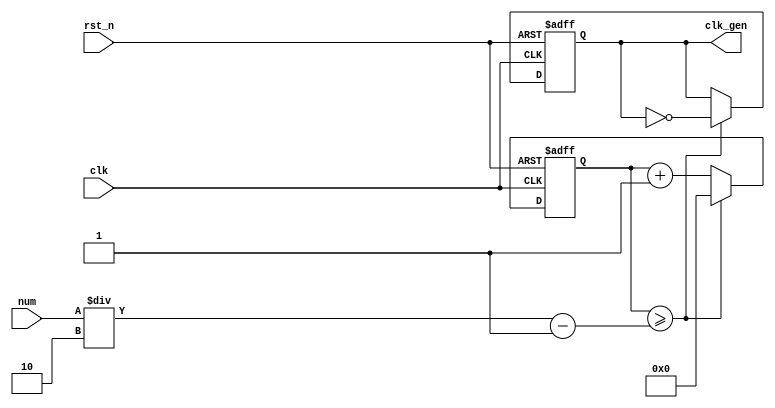
// Numerical Controlled Oscillator
module nco(     clk_gen,
                num,
                clk,
                rst_n    );

output          clk_gen   ;
input  [31:0]   num       ;
input           clk       ;
input           rst_n     ;

reg    [31:0]   cnt       ;
reg             clk_gen   ;
always @(posedge clk or negedge rst_n) begin
        if(rst_n == 1'b0) begin
                 cnt      <= 32'd0;
                 clk_gen  <= 1'd0;
        end else begin
                 if(cnt >= num/2-1) begin
                           cnt      <= 32'd0;
                           clk_gen  <= ~clk_gen;
                 end else begin
                           cnt <= cnt + 1'b1;
                 end
        end
end

endmodule

// Counter
module cnt60(  out,
               clk,
               rst_n );

output [5:0]   out          ;
input          clk          ;
input          rst_n        ;

reg    [5:0]   out          ;
always @(posedge clk or negedge rst_n) begin
       if(rst_n == 1'b0) begin
                out <= 6'd0;
       end else begin
                if(out >= 6'd59) begin
                       out <= 6'd0;
                end else begin
                       out <= out + 1'b1;
                end
       end

end

endmodule

// NCO Counter
module top_cnt(  out,
                 num,
                 clk,
                 rst_n  );

output [5:0]     out     ;
input  [31:0]    num     ;
input            clk     ;
input            rst_n   ;

wire             clk_gen ;

nco     nco_u0(  .clk_gen  ( clk_gen ),
                 .num      ( num     ),
                 .clk      ( clk     ),
                 .rst_n    ( rst_n   ));

cnt60   cnt_u0(  .out      ( out     ),
                 .clk      ( clk_gen ),
                 .rst_n    ( rst_n   ));

endmodule

//Double figure separate
module double_fig_sep(
              o_left,
              o_right,
              i_double_fig);

output [3:0]  o_left       ;
output [3:0]  o_right      ;

input  [5:0]  i_double_fig ;

assign o_left   = i_double_fig / 10;
assign o_right  = i_double_fig % 10;

endmodule

//FND Decoder
module fnd_dec( o_seg,
                i_num );

output [6:0]    o_seg  ;
input  [3:0]    i_num  ;

reg    [6:0]    o_seg  ;
always @(*) begin
       case(i_num)
            4'd0  : o_seg = 7'b1111_110;
            4'd1  : o_seg = 7'b0110_000;
            4'd2  : o_seg = 7'b1101_101;
            4'd3  : o_seg = 7'b1111_001;
            4'd4  : o_seg = 7'b0110_011;
            4'd5  : o_seg = 7'b1011_011;
            4'd6  : o_seg = 7'b1011_111;
            4'd7  : o_seg = 7'b1110_000;
            4'd8  : o_seg = 7'b1111_111;
            4'd9  : o_seg = 7'b1110_011;
            default o_seg = 7'b0000_000;
        endcase
end

endmodule

// LED Display
module led_disp( o_seg,
                 o_seg_dp,
                 o_seg_enb,
                 i_six_digit_seg,
                 i_six_dp,
                 clk,
                 rst_n      );

output [5:0]     o_seg_enb           ;
output           o_seg_dp            ;
output [6:0]     o_seg               ;

input  [41:0]    i_six_digit_seg     ;
input  [5:0]     i_six_dp            ;
input            clk                 ;
input            rst_n               ;

wire             gen_clk             ;
nco              u_nco(
                 .clk_gen  ( gen_clk  ),
                 .num      ( 32'd5000 ),
                 .clk      ( clk      ),
                 .rst_n    ( rst_n    ));

reg    [3:0]     cnt_common_node     ;
always @(posedge gen_clk or negedge rst_n) begin
        if(rst_n == 1'b0) begin
                 cnt_common_node <= 4'd0;
        end else begin
                 if(cnt_common_node >= 4'd5) begin
                        cnt_common_node <= 4'd0;
                 end else begin
                        cnt_common_node <= cnt_common_node + 1'b1;
                 end
        end
end

reg     [5:0]    o_seg_enb           ;
always @(cnt_common_node) begin
         case(cnt_common_node)
                 4'd0 : o_seg_enb = 6'b111110;
                 4'd1 : o_seg_enb = 6'b111101;
                 4'd2 : o_seg_enb = 6'b111011;
                 4'd3 : o_seg_enb = 6'b110111;
                 4'd4 : o_seg_enb = 6'b101111;
                 4'd5 : o_seg_enb = 6'b011111;
         endcase
end

reg              o_seg_dp            ;
always @(cnt_common_node) begin
         case(cnt_common_node)
                 4'd0 : o_seg_dp = i_six_dp[0];
                 4'd1 : o_seg_dp = i_six_dp[1];
                 4'd2 : o_seg_dp = i_six_dp[2];
                 4'd3 : o_seg_dp = i_six_dp[3];
                 4'd4 : o_seg_dp = i_six_dp[4];
                 4'd5 : o_seg_dp = i_six_dp[5];
         endcase
end

reg      [6:0]   o_seg               ;
always @(cnt_common_node) begin
         case(cnt_common_node)
                 4'd0 : o_seg = i_six_digit_seg[6:0];
                 4'd1 : o_seg = i_six_digit_seg[13:7];
                 4'd2 : o_seg = i_six_digit_seg[20:14];
                 4'd3 : o_seg = i_six_digit_seg[27:21];
                 4'd4 : o_seg = i_six_digit_seg[34:28];
                 4'd5 : o_seg = i_six_digit_seg[41:35];
         endcase
end

endmodule

//Top NCO Counter Display
module top_nco_cnt_disp(
              o_seg,
              o_seg_dp,
              o_seg_enb,
              clk,
              rst_n         );

output [6:0]  o_seg          ;
output        o_seg_dp       ;
output [5:0]  o_seg_enb      ;

input         clk            ;
input         rst_n          ;

wire   [5:0]  o_nco_cnt      ;

top_cnt  u_nco_cnt( .out   ( o_nco_cnt    ),
                    .num   ( 32'd50000000 ),
                    .clk   ( clk          ),
                    .rst_n ( rst_n        ));

wire   [3:0]  o_left         ;
wire   [3:0]  o_right        ;

double_fig_sep      u_double_fig_sep(
                    .o_left       (    o_left       ),
                    .o_right      (    o_right      ),
                    .i_double_fig (    o_nco_cnt    ));

wire   [6:0]  seg_left       ;
wire   [6:0]  seg_right      ;

fnd_dec u0_fnd_dec( .o_seg ( seg_left  ),
                    .i_num ( o_left    ));

fnd_dec u1_fnd_dec( .o_seg ( seg_right ),
                    .i_num ( o_right   ));

wire   [41:0] i_six_digit_seg;

assign        i_six_digit_seg = { {4{7'b0000000}}, seg_left, seg_right};
//assign        i_six_digit_seg = { {4{7'b1110111}}, seg_left, seg_right};                             //Q1
//assign        i_six_digit_seg = { seg_left, seg_right, seg_left, seg_right, seg_left, seg_right};    //Q2

led_disp      u_led_disp(
                    .o_seg             ( o_seg           ),
                    .o_seg_dp          ( o_seg_dp        ),
                    .o_seg_enb         ( o_seg_enb       ),
                    .i_six_digit_seg   ( i_six_digit_seg ),
                    .i_six_dp          ( 6'd0            ),
                    .clk               ( clk             ),
                    .rst_n             ( rst_n           ));

endmodule